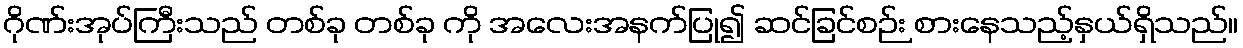
ဂိုဏ်းအုပ်ကြီးသည် တစ်ခု တစ်ခု ကို အလေးအနက်ပြု၍ ဆင်ခြင်စဉ်း စားနေသည့်နှယ်ရှိသည်။